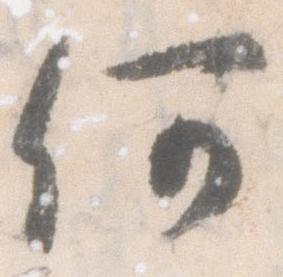
何